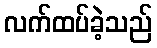
လက်ထပ်ခဲ့သည်